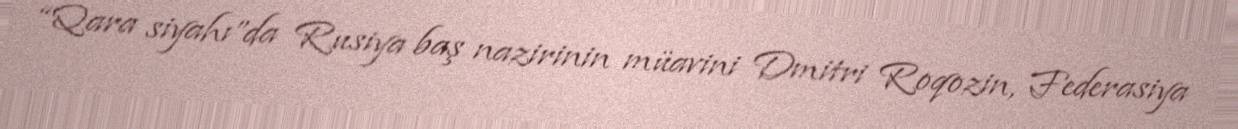
“Qara siyahı”da Rusiya baş nazirinin müavini Dmitri Roqozin, Federasiya